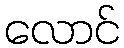
လောင်